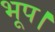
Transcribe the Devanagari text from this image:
भूप।